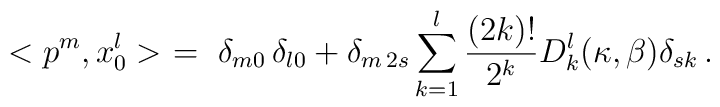
< p^{m} , x_0^l> \ = \ \delta_{m 0}\,\delta_{l 0} + \delta_{m\, 2s} \sum_{k=1}^{l} \frac{(2k)!}{2^k} D_k^{l}(\kappa , \beta) \delta_{s k}\, .